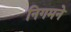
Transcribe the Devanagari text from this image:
निगमने